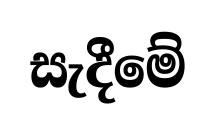
සැදීමේ